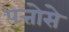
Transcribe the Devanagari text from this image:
पत्तोसे